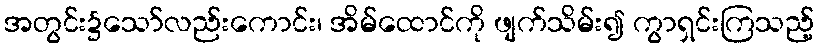
အတွင်း၌သော်လည်းကောင်း၊ အိမ်ထောင်ကို ဖျက်သိမ်း၍ ကွာရှင်းကြသည့်